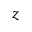
z